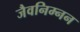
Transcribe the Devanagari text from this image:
जैवनिम्नन